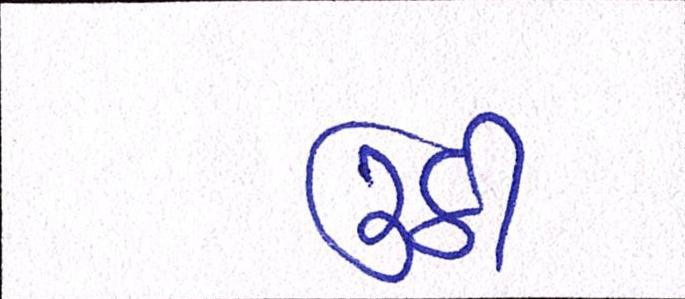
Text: ઉઠી